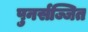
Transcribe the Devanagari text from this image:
पुनर्सज्जित